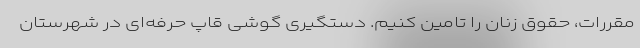
مقررات، حقوق زنان را تامین کنیم. دستگیری گوشی قاپ حرفه‌ای در شهرستان